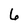
Character: 6